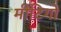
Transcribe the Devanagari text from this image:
मीटिगों